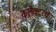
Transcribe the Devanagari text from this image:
कलेक्टरचे